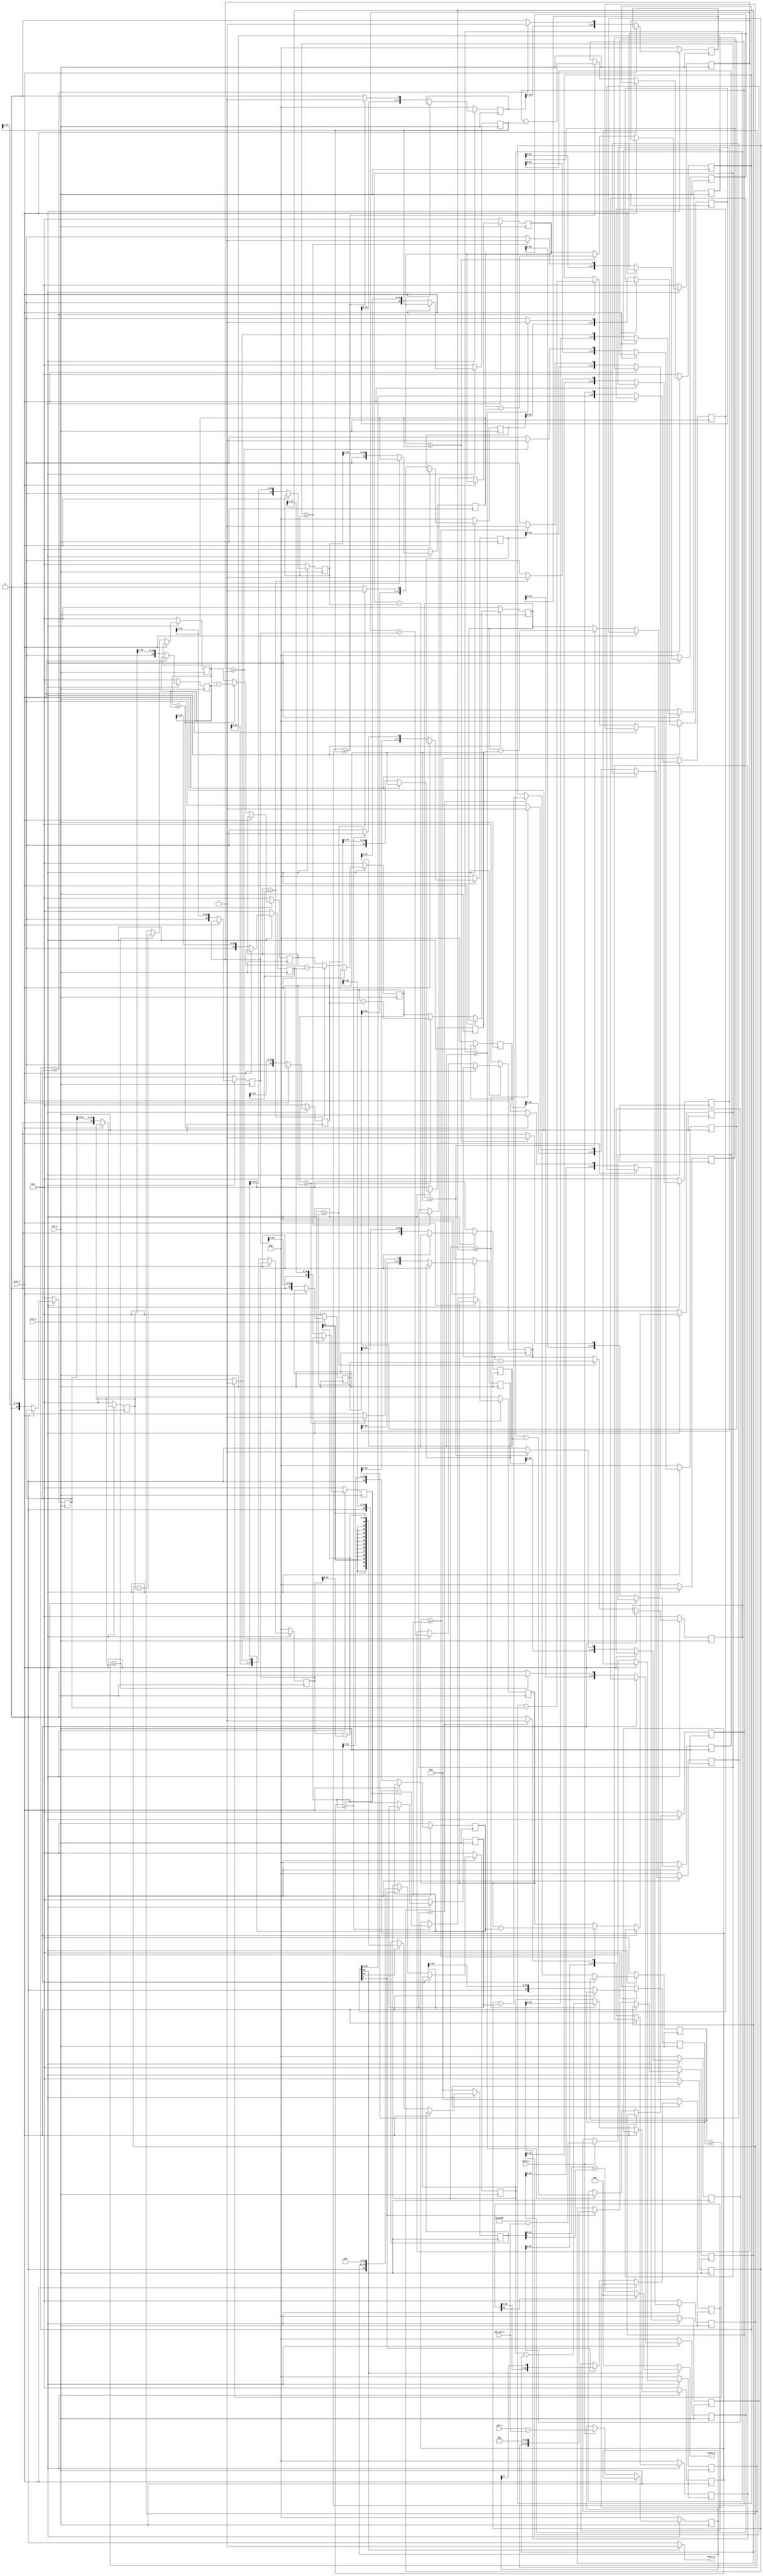
module histogram_esitleme #(
    parameter M = 320,
    parameter N =240    
)(
    input                       clk_i,
    input                       rstn_i,
    input                       etkin_i,
    input                       stal_i,
    input        [16:0]         cdf_min_i,
    input        [16:0]         cdf_i,
    output       [7:0]          sonuc_o,
    output                      hazir_o
);

reg hazir_cmb_o;
assign hazir_o=hazir_cmb_o;
reg[7:0] sonuc_cmb_o;
assign sonuc_o=sonuc_cmb_o;


wire[17:0] MN;
assign MN= M*N;

reg[17:0] cikarma_r1;
reg[17:0] cikarma_r1_ns;
reg[17:0] cikarma_r2;
reg[17:0] cikarma_r2_ns;


reg[31:0] pipe,pipe_ns;
reg[31:0] zero,zero_ns;
reg[34:0] say1 [17:0];
reg[34:0] say2 [17:0];
reg[34:0] say1_ns [17:0];
reg[34:0] say2_ns [17:0];

reg[17:0] bolum [18:0];
reg[17:0] bolum_ns [18:0];

reg[31:0] ss,ss_ns;

integer i;

always@* begin
    cikarma_r1_ns = cikarma_r1;
    cikarma_r2_ns = cikarma_r2;
    zero_ns = zero;
    for(i=0;i<18;i=i+1) begin
        say1_ns[i] = say1[i];
        say2_ns[i] = say2[i];
        bolum_ns[i] = bolum[i];
    end
    bolum_ns[18] = bolum[18];
    pipe_ns = {pipe[30:0],etkin_i};
    ss_ns = ss;
    hazir_cmb_o=0;
    sonuc_cmb_o= 0;
    
    if(etkin_i) begin
        cikarma_r1_ns = {1'b0,cdf_i}-{1'b0,cdf_min_i};
        cikarma_r2_ns = {1'b0,MN}-{1'b0,cdf_min_i};
    end 
    if(pipe[0]) begin
        zero_ns = {zero[30:0],cikarma_r1[17]};
        say1_ns[0] = cikarma_r1<<16;
        say2_ns[0] = cikarma_r2<<17;
    end

    for(i=0;i<17;i=i+1) begin
        if(say1[i]>=say2[i]) begin
            bolum_ns[i+1]={bolum[i][16:0],1'b1};
            bolum_ns[18]={bolum[17][16:0],1'b1};
            say1_ns[i+1]=say1[i]-say2[i]; 
            say2_ns[i+1]=  say2[i] >> 1 ;
        end else begin
            bolum_ns[i+1]={bolum[i][16:0],1'b0};
            bolum_ns[18]={bolum[17][16:0],1'b0};
            say1_ns[i+1]=say1[i];
            say2_ns[i+1]= say2[i] >> 1;
        end        
    end
    if(pipe[19]) begin
        ss_ns=(bolum[18]) - (bolum[18] >> 8);
    end
    if(pipe[20]) begin
        hazir_cmb_o=1;
        sonuc_cmb_o= zero[19] ? 0 : (ss[31:8] + ss[7]);
    end
                
end

always@(posedge clk_i) begin
    if(rstn_i) begin
        if(!stal_i) begin
            cikarma_r1 <= cikarma_r1_ns;
            cikarma_r2 <= cikarma_r2_ns;
            zero <= zero_ns;
            for(i=0;i<18;i=i+1) begin
                say1[i] <= say1_ns[i];
                say2[i] <= say2_ns[i];
                bolum[i] <= bolum_ns[i];
            end
            bolum[18] <= bolum_ns[18];
            pipe <= pipe_ns;
            ss <= ss_ns;
        end
    end else begin
        cikarma_r1 <= 0;
        cikarma_r2 <= 0;
        zero <= 0;
        for(i=0;i<18;i=i+1) begin
            say1[i] <= 0;
            say2[i] <= 0;
            bolum[i] <= 0;
        end
        bolum[18] <= 0;
        pipe <= 0;
        ss <= 0;    
    end
end

endmodule